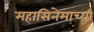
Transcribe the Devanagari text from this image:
महासिनेमाच्या